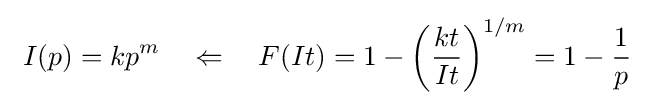
\ I(p)=kp^{m}\quad \Leftarrow \quad F(It)=1-\left({\frac {kt}{It}}\right)^{1/m}=1-{\frac {1}{p}}